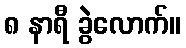
၈ နာရီ ခွဲလောက်။